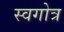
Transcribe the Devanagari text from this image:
स्वगोत्र